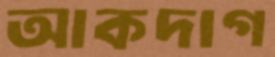
আকদাগ